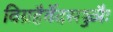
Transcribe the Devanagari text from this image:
विग्रहैर्वेदसञ्ज्ञैः